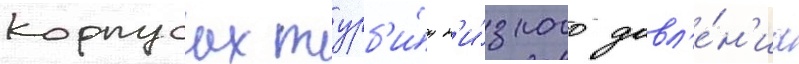
корпусах турб'и́н н'и́зкого давл'е́н'иа